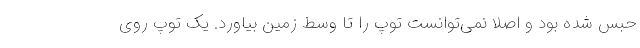
حبس شده بود و اصلاً نمی‌توانست توپ را تا وسط زمین بیاورد. یک توپ روی